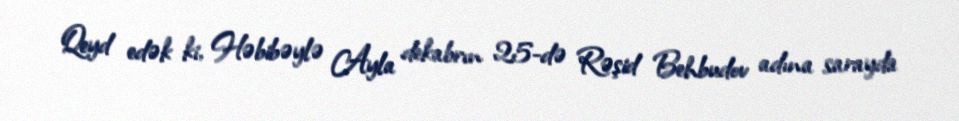
Qeyd edək ki, Həbibəylə Ayla dekabrın 25-də Rəşid Behbudov adına sarayda